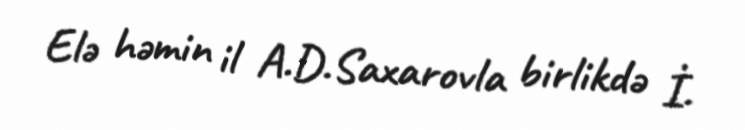
Elə həmin il A.D.Saxarovla birlikdə İ.